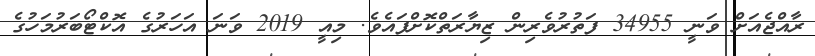
ރާއްޖެއަށް ވަނީ 34955 ފަތުރުވެރިން ޒިޔާރަތްކޮށްފައެވެ. މިއީ 2019 ވަނަ އަހަރުގެ އޮކްޓޯބަރުމަހުގެ